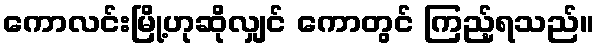
ကောလင်းမြို့ဟုဆိုလျှင် ကောတွင် ကြည့်ရသည်။